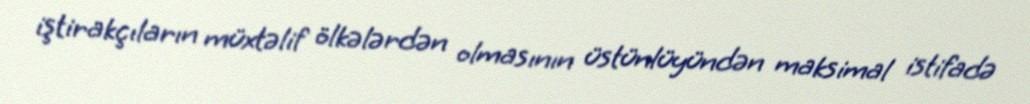
iştirakçıların müxtəlif ölkələrdən olmasının üstünlüyündən maksimal istifadə